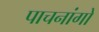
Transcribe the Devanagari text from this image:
पाचनांगो